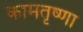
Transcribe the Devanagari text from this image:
कामतृष्णा